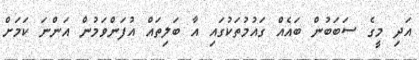
އަދި މީގެ ސަބަބުން ބައެއް ގައުމުތަކުގައި އާ ބަލިތައް އުފަންވަމުން އަންނަ ކަމަށް